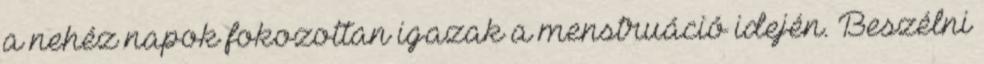
a nehéz napok fokozottan igazak a menstruáció idején. Beszélni